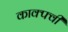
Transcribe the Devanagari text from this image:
काक्फ्वी